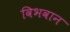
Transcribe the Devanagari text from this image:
विभवान